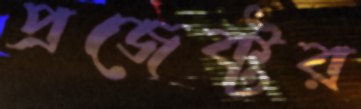
প্রজেক্টর